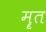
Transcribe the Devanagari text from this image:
मॄत